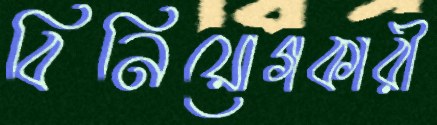
বিনিয়োগকারী